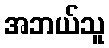
အဘယ်သူ